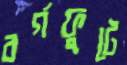
বর্গফুটে